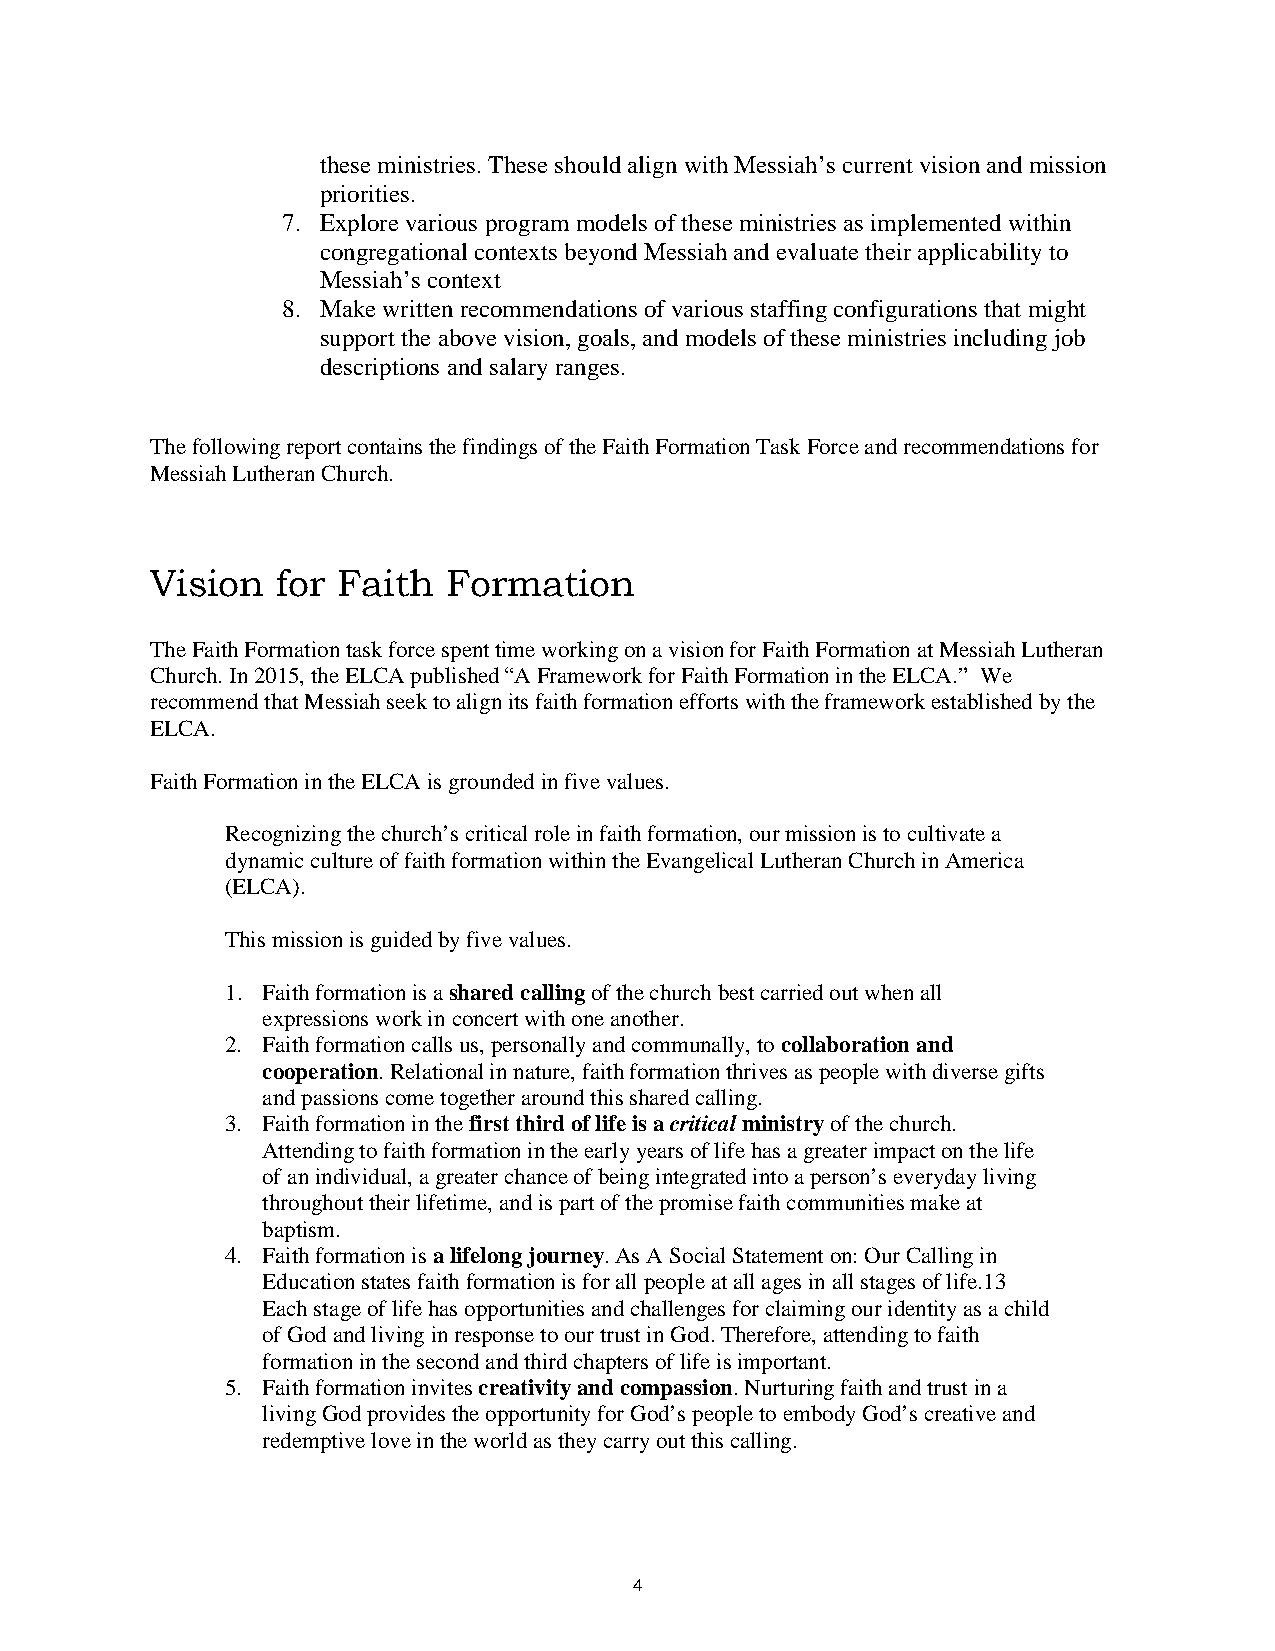
these ministries. These should align with Messiah’s current vision and mission
 priorities.
 7. Explore various program models of these ministries as implemented within
 congregational contexts beyond Messiah and evaluate their applicability to
 Messiah’s context
 8. Make written recommendations of various staffing configurations that might
 support the above vision, goals, and models of these ministries including job
 descriptions and salary ranges.
 The following report contains the findings of the Faith Formation Task Force and recommendations for
 Messiah Lutheran Church.
 Vision  for Faith  Formation
 The Faith Formation task force spent time working on a vision for Faith Formation at Messiah Lutheran
 Church. In 2015, the ELCA published “A Framework for Faith Formation in the ELCA.” We
 recommend that Messiah seek to align its faith formation efforts with the framework established by the
 ELCA.
 Faith Formation in the ELCA is grounded in five values.
 Recognizing the church’s critical role in faith formation, our mission is to cultivate a
 dynamic culture of faith formation within the Evangelical Lutheran Church in America
 (ELCA).
 This mission is guided by five values.
 1. Faith formation is a shared calling of the church best carried out when all
 expressions work in concert with one another.
 2. Faith formation calls us, personally and communally, to collaboration and
 cooperation. Relational in nature, faith formation thrives as people with diverse gifts
 and passions come together around this shared calling.
 3. Faith formation in the first third of life is a critical ministry of the church.
 Attending to faith formation in the early years of life has a greater impact on the life
 of an individual, a greater chance of being integrated into a person’s everyday living
 throughout their lifetime, and is part of the promise faith communities make at
 baptism.
 4. Faith formation is a lifelong journey. As A Social Statement on: Our Calling in
 Education states faith formation is for all people at all ages in all stages of life.13
 Each stage of life has opportunities and challenges for claiming our identity as a child
 of God and living in response to our trust in God. Therefore, attending to faith
 formation in the second and third chapters of life is important.
 5. Faith formation invites creativity and compassion. Nurturing faith and trust in a
 living God provides the opportunity for God’s people to embody God’s creative and
 redemptive love in the world as they carry out this calling.
 4